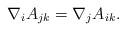
LaTeX: \begin{align*}\nabla_iA_{jk}=\nabla_jA_{ik}.\end{align*}